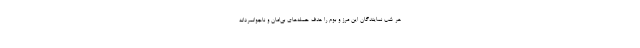
هر شب نمایندگان این مرز و بوم را هدف حمله‌های بی‌امان و ناجوانمردانه